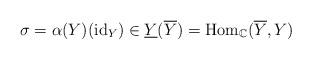
LaTeX: \begin{align*}\sigma=\alpha(Y)(\mathrm{id}_{Y})\in\underline{Y}(\overline{Y})=\mathrm{Hom}_{\mathbb{C}}(\overline{Y},Y)\end{align*}